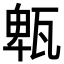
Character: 㼰